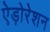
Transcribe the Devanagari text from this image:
ऐड़ोरेशन